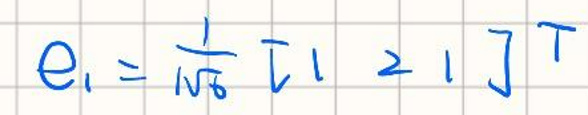
$e_1 = \frac{1}{\sqrt{6}} [ 2 1 ]^T$